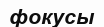
фокусы